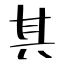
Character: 其